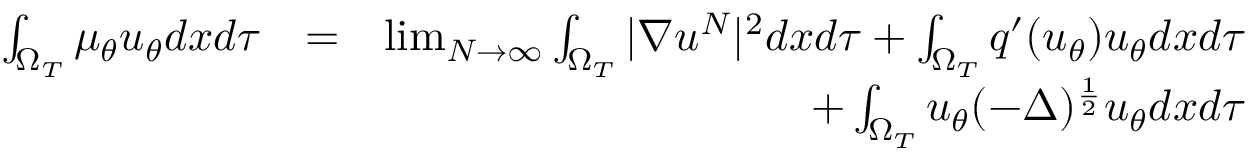
\begin{array} { r l r } { \int _ { \Omega _ { T } } \mu _ { \theta } u _ { \theta } d x d \tau } & { = } & { \operatorname* { l i m } _ { N \rightarrow \infty } \int _ { \Omega _ { T } } | \nabla u ^ { N } | ^ { 2 } d x d \tau + \int _ { \Omega _ { T } } q ^ { \prime } ( u _ { \theta } ) u _ { \theta } d x d \tau } \\ & { } & { + \int _ { \Omega _ { T } } u _ { \theta } ( - \Delta ) ^ { \frac { 1 } { 2 } } u _ { \theta } d x d \tau } \end{array}